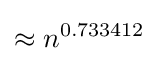
\approx n^{0.733412}